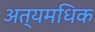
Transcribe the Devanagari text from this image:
अत्यमधिक